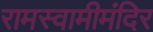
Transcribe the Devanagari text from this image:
रामस्वामीमंदिर